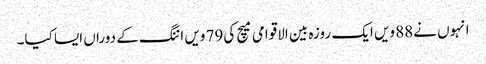
انہوں نے88 ویں ایک روزہ بین الاقوامی میچ کی79 ویں اننگ کے دوراں ایسا کیا۔